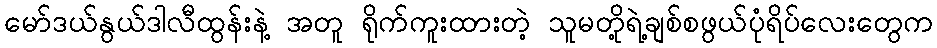
မော်ဒယ်နွယ်ဒါလီထွန်းနဲ့ အတူ ရိုက်ကူးထားတဲ့ သူမတို့ရဲ့ချစ်စဖွယ်ပုံရိပ်လေးတွေက